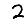
Digit: 2